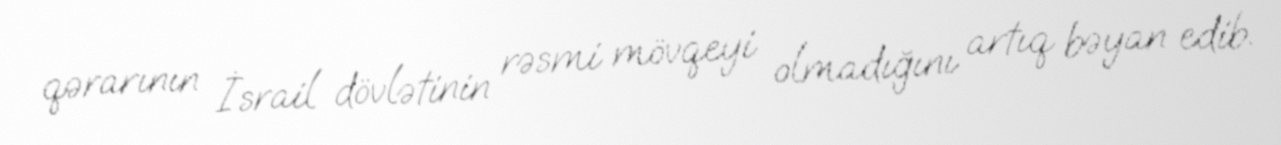
qərarının İsrail dövlətinin rəsmi mövqeyi olmadığını artıq bəyan edib.